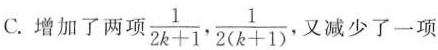
c.增加了两项$$\frac { 1 } { 2 k + 1 }$$，$$\frac { 1 } { 2 ( k + 1 ) }$$，又减少了一项